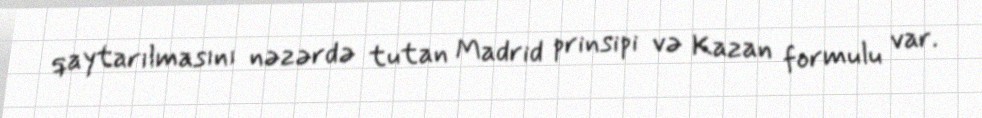
qaytarılmasını nəzərdə tutan Madrid prinsipi və Kazan formulu var.